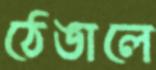
ঠেঙালে